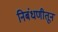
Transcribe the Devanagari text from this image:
निबंधणीतून